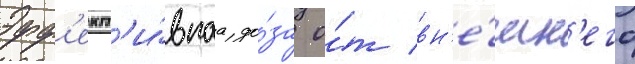
Эфф'ект'и́внаа до́за о́т вн'е́шн'его